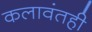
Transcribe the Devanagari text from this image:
कलावंतही